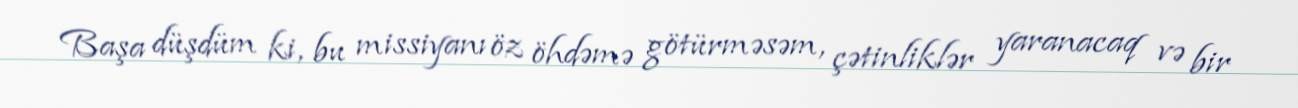
Başa düşdüm ki, bu missiyanı öz öhdəmə götürməsəm, çətinliklər yaranacaq və bir